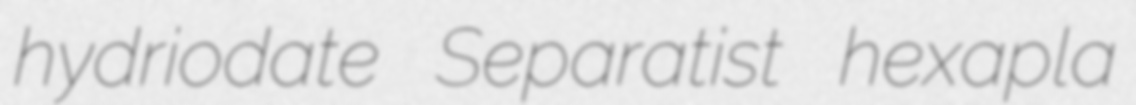
hydriodate Separatist hexapla